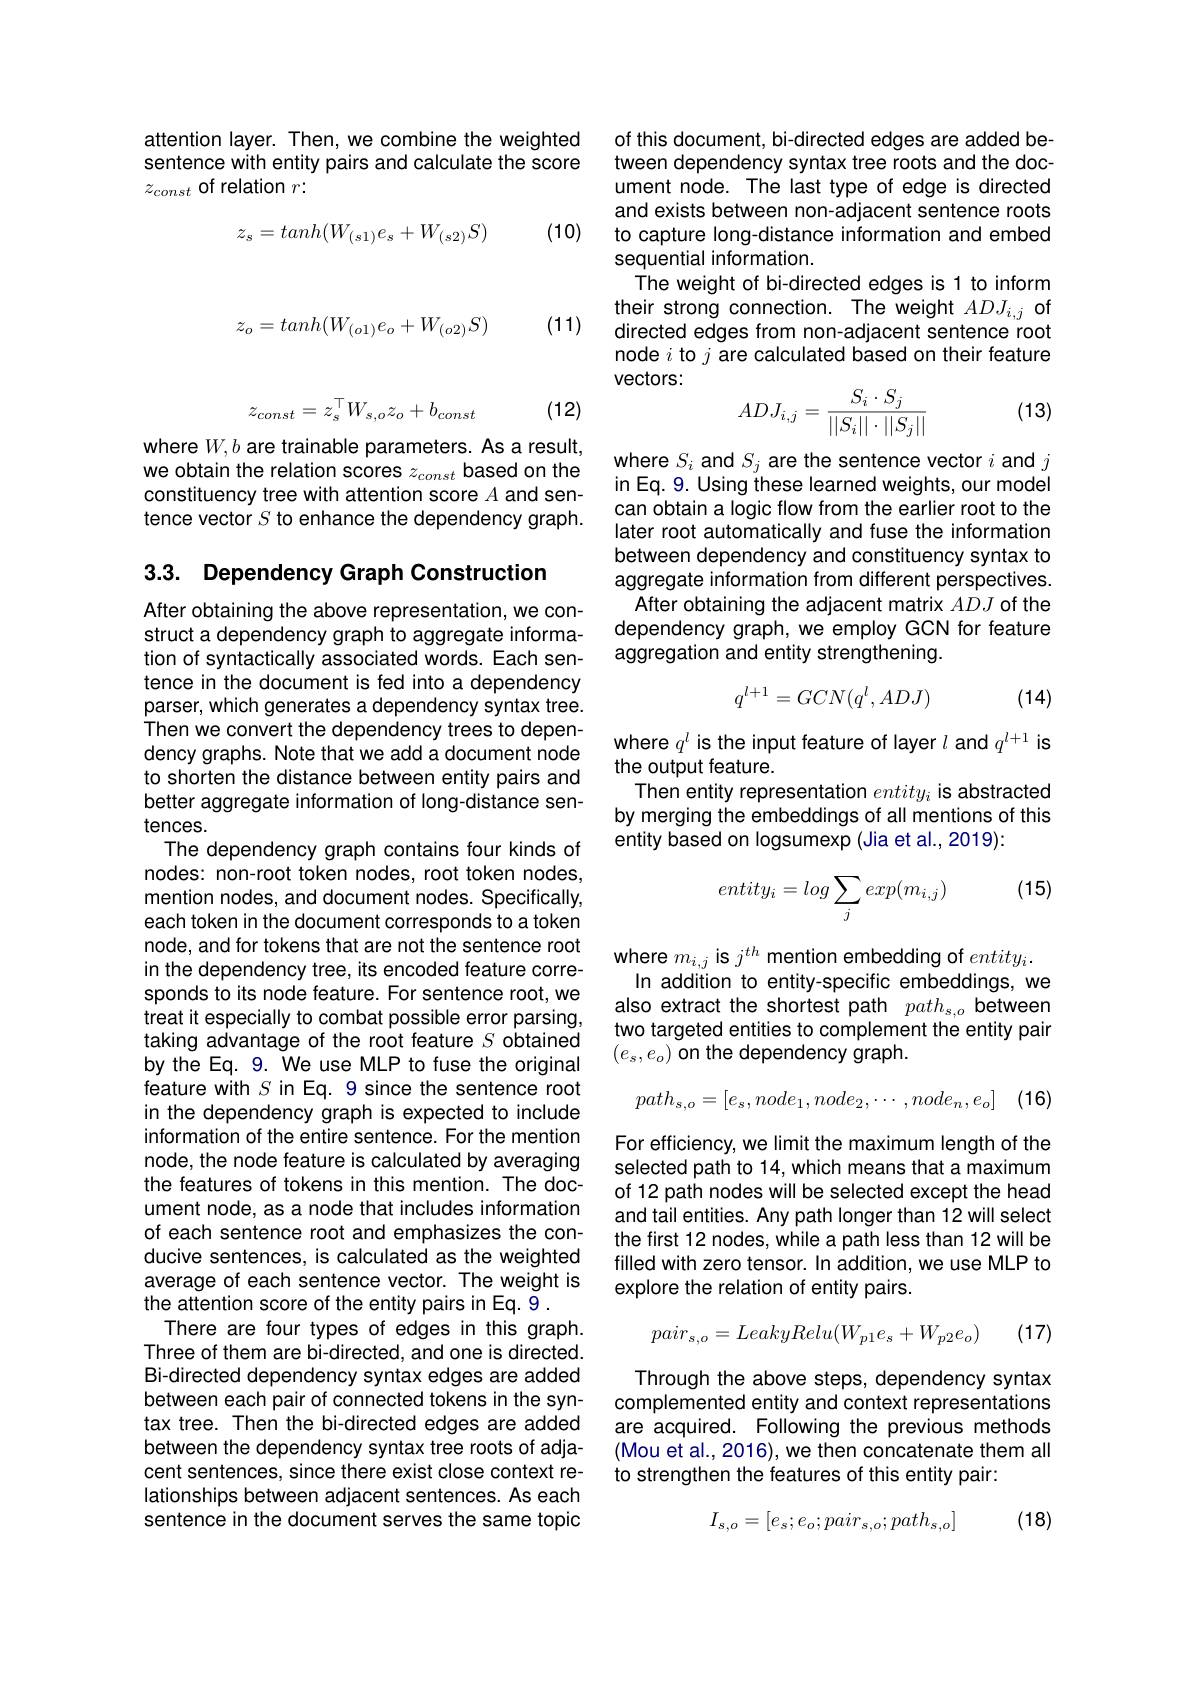
attention layer. Then, we combine the weighted sentence with entity pairs and calculate the score $z_{const}$ of relation $r:$
$$z_s=tanh(W_{(s1)}e_s+W_{(s2)}S)$$
(10)

(11)
$$z_o=tanh(W_{(o1)}e_o+W_{(o2)}S)$$
$$z_{const}=z_s^\top W_{s,o}z_o+b_{const}$$
(12)

where $W,b$ are trainable parameters. As a result, we obtain the relation scores $z_const$ based on the constituency tree with attention score $A$ and sentence vector $S$ to enhance the dependency graph.

## 3.3. Dependency Graph Construction

After obtaining the above representation, we construct a dependency graph to aggregate information of syntactically associated words. Each sentence in the document is fed into a dependency parser, which generates a dependency syntax tree. Then we convert the dependency trees to dependency graphs. Note that we add a document node to shorten the distance between entity pairs and better aggregate information of long-distance sentences.
The dependency graph contains four kinds of nodes: non-root token nodes, root token nodes, mention nodes, and document nodes. Specifically, each token in the document corresponds to a token node, and for tokens that are not the sentence root in the dependency tree, its encoded feature corresponds to its node feature. For sentence root, we treat it especially to combat possible error parsing, taking advantage of the root feature $S$ obtained by the Eq. 9. We use MLP to fuse the original feature with $S$ in Eq. 9 since the sentence root in the dependency graph is expected to include information of the entire sentence. For the mention node, the node feature is calculated by averaging the features of tokens in this mention. The document node, as a node that includes information of each sentence root and emphasizes the conducive sentences, is calculated as the weighted average of each sentence vector. The weight is the attention score of the entity pairs in Eq. 9 .
There are four types of edges in this graph. Three of them are bi-directed, and one is directed. Bi-directed dependency syntax edges are added between each pair of connected tokens in the syntax tree. Then the bi-directed edges are added between the dependency syntax tree roots of adjacent sentences, since there exist close context relationships between adjacent sentences. As each sentence in the document serves the same topic

of this document, bi-directed edges are added between dependency syntax tree roots and the document node. The last type of edge is directed and exists between non-adjacent sentence roots to capture long-distance information and embed sequential information.
The weight of bi-directed edges is 1 to inform their strong connection. The weight $ADJ_{i,j}$ otheir strong connection. The weight $ADJ_{i,j}$ ot directed edges from non-adjacent sentence root node $i$ to $j$ are calculated based on their feature vectors:
$$ADJ_{i,j}=\frac{S_i\cdot S_j}{||S_i||\cdot||S_j||}$$
(13)

where $S_i$ and $S_j$ are the sentence vector $i$ and $j$ in Eq. 9. Using these learned weights, our model can obtain a logic flow from the earlier root to the later root automatically and fuse the information between dependency and constituency syntax to aggregate information from different perspectives.
After obtaining the adjacent matrix $ADJ$ of the dependency graph, we employ GCN for feature aggregation and entity strengthening
$$\begin{matrix}q^{l+1}=GCN(q^l,ADJ)\end{matrix}$$
(14)

where $q^l$ is the input feature of layer $l$ and $q^l+1$ is
the output feature.
Then entity representation $entity_i$ is abstracted by merging the embeddings of all mentions of this entity based on logsumexp (Jia et al.,2019):

(15)
$$entity_i=log\sum_jexp(m_{i,j})$$
where $m_{i,j}$ is $j^th$ mention embedding of $entity_i.$
In addition to entity-specific embeddings, we also extract the shortest path $path_{s,o}$ between two targeted entities to complement the entity pair $\left(e_{s},e_{o}\right)$on the dependency graph.
$$path_{s,o}=[e_s,node_1,node_2,\cdots,node_n,e_o]$$
(16)

For efficiency, we limit the maximum length of the selected path to 14, which means that a maximum of 12 path nodes will be selected except the head and tail entities. Any path Ionger than 12 will select the first 12 nodes, while a path less than 12 will be filled with zero tensor. In addition, we use MLP to explore the relation of entity pairs.
$$pair_{s,o}=LeakyRelu(W_{p1}e_s+W_{p2}e_o)$$
(17)

Through the above steps, dependency syntax complemented entity and context representations are acquired. Following the previous methods (Mou et al., 2016), we then concatenate them all to strengthen the features of this entity pair:

(18)
$$I_{s,o}=[e_s;e_o;pair_{s,o};path_{s,o}]$$